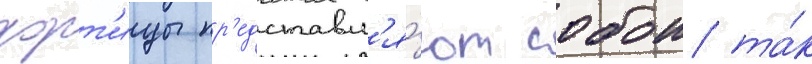
хорт'ицы пр'едставл'я́ют собои та́к